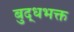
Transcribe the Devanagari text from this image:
बुद्धभक्त